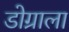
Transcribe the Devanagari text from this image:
डोग्राला